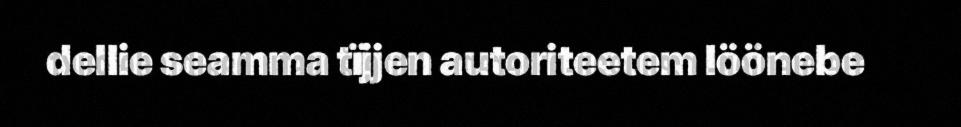
dellie seamma tïjjen autoriteetem löönebe